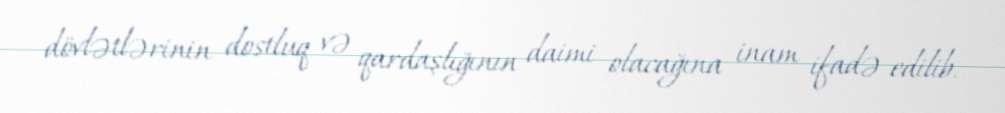
dövlətlərinin dostluq və qardaşlığının daimi olacağına inam ifadə edilib.